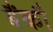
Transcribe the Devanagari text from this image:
बैंकौ